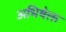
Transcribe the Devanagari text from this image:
अभिषेक्त